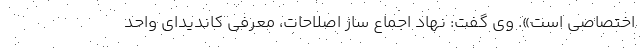
اختصاصی است». وی گفت: نهاد اجماع ساز اصلاحات، معرفی کاندیدای واحد